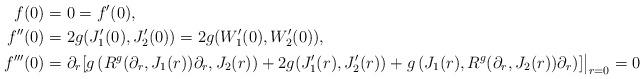
LaTeX: \begin{align*} f(0)={}&0=f'(0),\\f''(0)={}&2g(J_1'(0),J_2'(0))=2g(W_1'(0),W_2'(0)),\\f'''(0)={}&\partial_r[g\left(R^g(\partial_r,J_1(r))\partial_r,J_2(r)\right)+2g(J_1'(r),J_2'(r))+g\left(J_1(r),R^g(\partial_r,J_2(r))\partial_r\right)]\bigr|_{r=0}=0\end{align*}